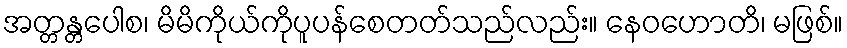
အတ္တန္တပေါစ၊ မိမိကိုယ်ကိုပူပန်စေတတ်သည်လည်း။ နေဝဟောတိ၊ မဖြစ်။